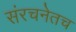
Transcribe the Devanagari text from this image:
संरचनेतच